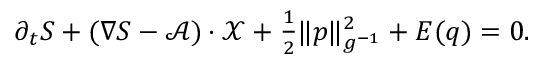
\begin{array} { r } { \partial _ { t } S + ( \nabla S - \mathcal { A } ) \cdot \mathcal { X } + \frac { 1 } { 2 } \| p \| _ { g ^ { - 1 } } ^ { 2 } + E ( q ) = 0 . } \end{array}